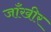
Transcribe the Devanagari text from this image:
जाँखीर